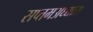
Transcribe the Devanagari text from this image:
सप्तमअध्याय